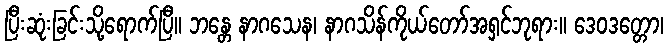
ပြီးဆုံးခြင်းသို့ရောက်ပြီ။ ဘန္တေ နာဂသေန၊ နာဂသိန်ကိုယ်တော်အရှင်ဘုရား။ ဒေဝဒတ္တော၊